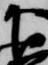
下